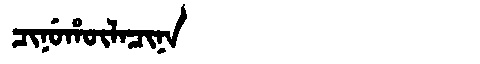
Manchu: ᠴᡳᠨᡠᡥᡡᠯᠠᠴᡳᠨᠠ
Romanization: CINUHŪLACINA